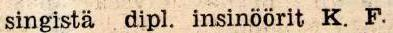
singista dipl. insinöörit K. F.